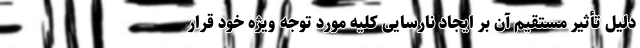
دلیل تأثیر مستقیم آن بر ایجاد نارسایی کلیه مورد توجه ویژه خود قرار